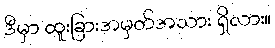
ဒီမှာ ထူးခြားအမှတ်အသား ရှိလား။